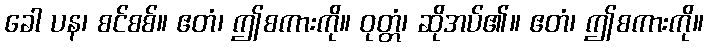
ခေါ ပန၊ စင်စစ်။ ဧတံ၊ ဤစကားကို။ ဝုတ္တံ၊ ဆိုအပ်၏။ ဧတံ၊ ဤစကားကို။